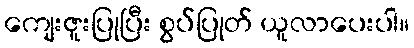
ကျေးဇူးပြုပြီး စွပ်ပြုတ် ယူလာပေးပါ။